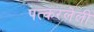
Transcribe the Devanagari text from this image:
पत्करलेली